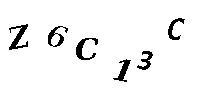
Z6C13C